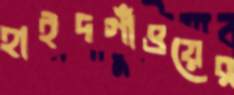
হাইদগাঁওয়ের